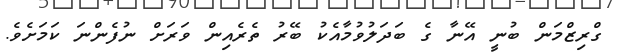
ގްރިޒްމަން ބުނީ އޭނާ ގެ ބަދަލުވުމާއެކު ބޭރު ތެރެއިން ވަރަށް ނުފެންނަ ކަމަށެވެ.